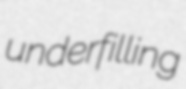
underfilling